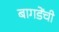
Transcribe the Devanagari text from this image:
बागडेंची